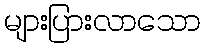
များပြားလာသော